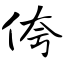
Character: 侉